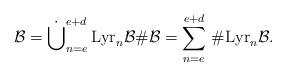
LaTeX: \begin{align*}\mathcal{B}=\dot{\bigcup}_{n=e}^{e+d}\,\mathrm{Lyr}_n{\mathcal{B}} \#\mathcal{B}=\sum_{n=e}^{e+d}\,\#\mathrm{Lyr}_n{\mathcal{B}}.\end{align*}